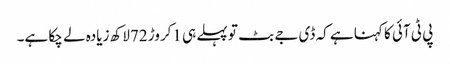
پی ٹی آئی کا کہنا ہے کہ ڈی جے بٹ تو پہلے ہی 1کروڑ 72لاکھ زیادہ لے چکا ہے۔